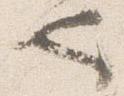
也